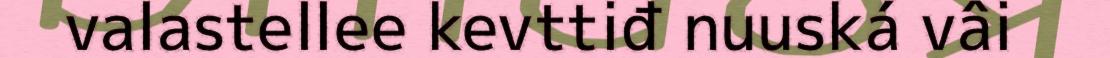
valastellee kevttiđ nuuská vâi